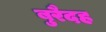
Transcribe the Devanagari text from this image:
बुरैदह